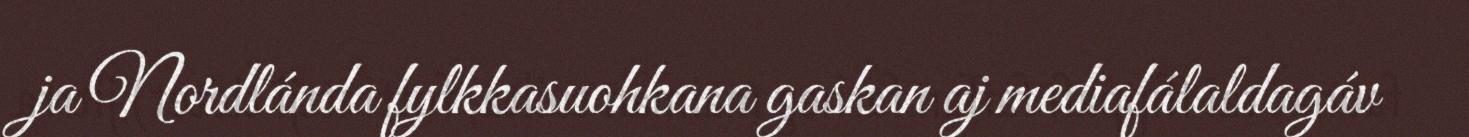
ja Nordlánda fylkkasuohkana gaskan aj mediafálaldagáv